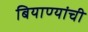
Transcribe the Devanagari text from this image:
बियाण्यांची